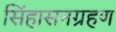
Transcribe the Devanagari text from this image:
सिंहासनग्रहण